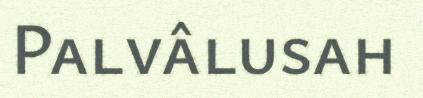
Palvâlusah